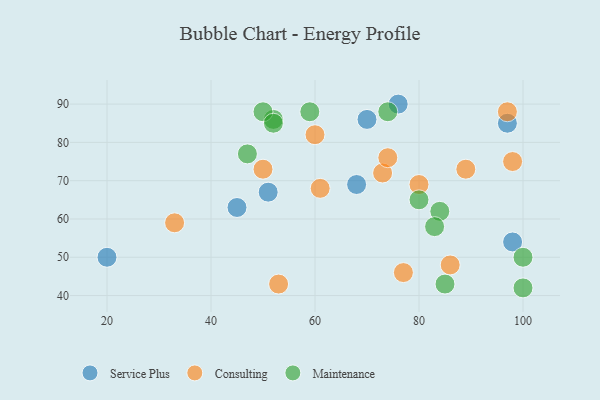
{"axis": {"x": "GDP", "y": "Life Expectancy"}, "legend": ["Consulting", "Maintenance", "Service Plus"], "data": [{"x": "68", "y": 69, "type": "Service Plus"}, {"x": "51", "y": 67, "type": "Service Plus"}, {"x": "70", "y": 86, "type": "Service Plus"}, {"x": "20", "y": 50, "type": "Service Plus"}, {"x": "97", "y": 85, "type": "Service Plus"}, {"x": "98", "y": 54, "type": "Service Plus"}, {"x": "76", "y": 90, "type": "Service Plus"}, {"x": "45", "y": 63, "type": "Service Plus"}, {"x": "73", "y": 72, "type": "Consulting"}, {"x": "60", "y": 82, "type": "Consulting"}, {"x": "86", "y": 48, "type": "Consulting"}, {"x": "33", "y": 59, "type": "Consulting"}, {"x": "89", "y": 73, "type": "Consulting"}, {"x": "61", "y": 68, "type": "Consulting"}, {"x": "77", "y": 46, "type": "Consulting"}, {"x": "97", "y": 88, "type": "Consulting"}, {"x": "98", "y": 75, "type": "Consulting"}, {"x": "80", "y": 69, "type": "Consulting"}, {"x": "50", "y": 73, "type": "Consulting"}, {"x": "53", "y": 43, "type": "Consulting"}, {"x": "74", "y": 76, "type": "Consulting"}, {"x": "52", "y": 86, "type": "Maintenance"}, {"x": "84", "y": 62, "type": "Maintenance"}, {"x": "50", "y": 88, "type": "Maintenance"}, {"x": "83", "y": 58, "type": "Maintenance"}, {"x": "85", "y": 43, "type": "Maintenance"}, {"x": "47", "y": 77, "type": "Maintenance"}, {"x": "80", "y": 65, "type": "Maintenance"}, {"x": "52", "y": 85, "type": "Maintenance"}, {"x": "59", "y": 88, "type": "Maintenance"}, {"x": "74", "y": 88, "type": "Maintenance"}, {"x": "100", "y": 42, "type": "Maintenance"}, {"x": "100", "y": 50, "type": "Maintenance"}]}